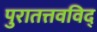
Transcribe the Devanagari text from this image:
पुरातत्तवविद्